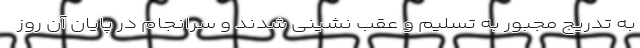
به تدریج مجبور به تسلیم و عقب نشینی شدند و سرانجام در پایان آن روز